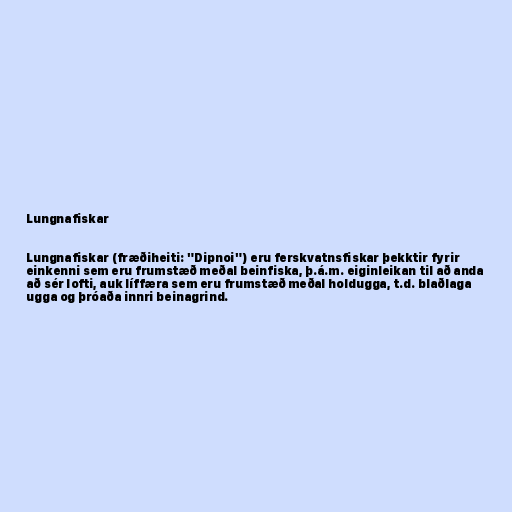
Lungnafiskar

Lungnafiskar (fræðiheiti: "Dipnoi") eru ferskvatnsfiskar þekktir fyrir
einkenni sem eru frumstæð meðal beinfiska, þ.á.m. eiginleikan til að anda
að sér lofti, auk líffæra sem eru frumstæð meðal holdugga, t.d. blaðlaga
ugga og þróaða innri beinagrind.